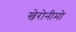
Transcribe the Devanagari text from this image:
खेरोनीमो